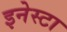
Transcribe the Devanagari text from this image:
इनेस्टा